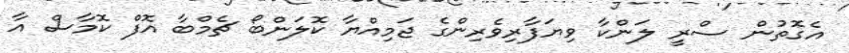
އެގޮތުން ސްރީ ލަންކާ ވިޔަފާރިވެރިންގެ ޖަމިއްޔާ ކޮލަންބޯ ޗެމްބާ އޮފް ކޮމާސް އާ